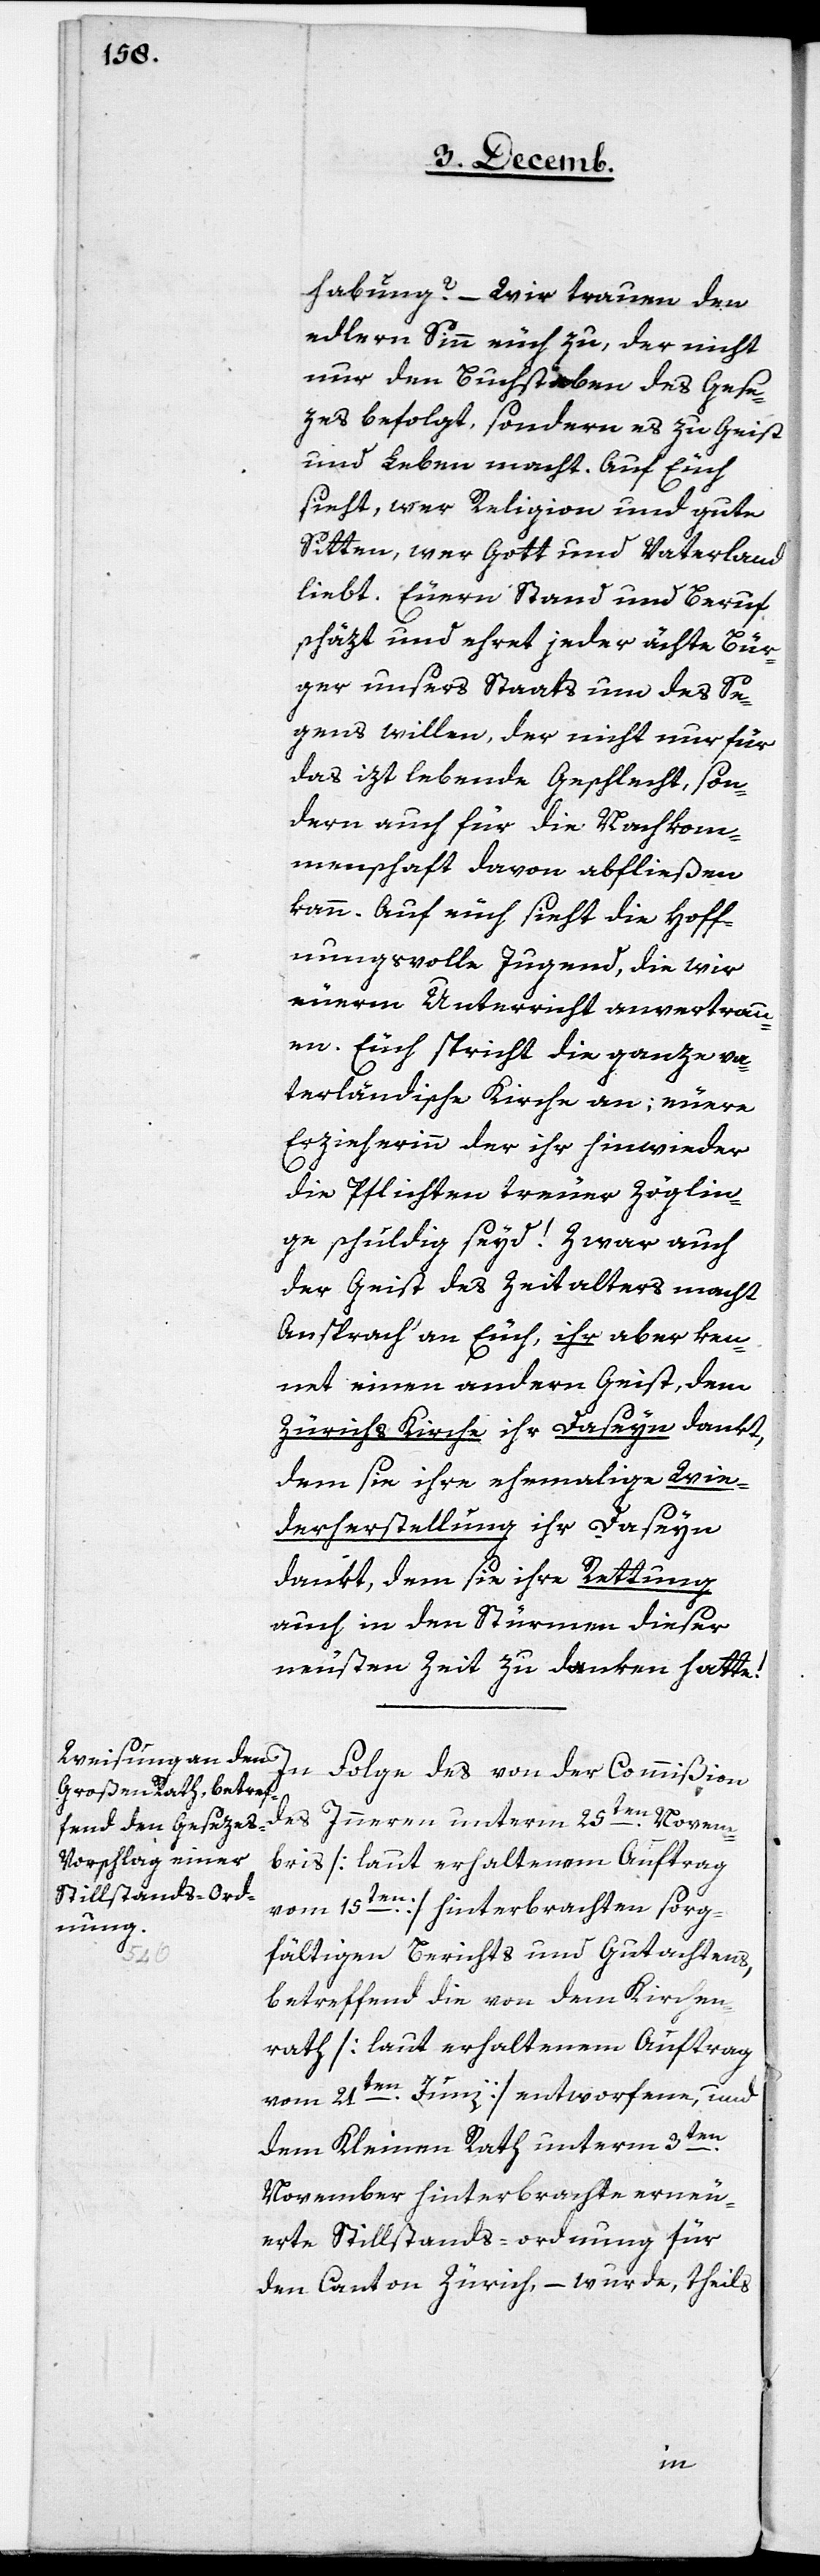
habung? – Wir trauen den
edlern Sinn euch zu, der nicht
nur den Buchstaben des Gese¬
zes befolgt, sondern es zu Geist
und Leben macht. Auf Euch
sieht, wer Religion und gute
Sitten, wer Gott und Vaterland
liebt. Euern Stand und Beruf
schäzt und ehret jeder ächte Bür¬
ger unsers Staats um des Se¬
gens willen, der nicht nur für
das jezt lebende Geschlecht, son¬
dern auch für die Nachkom¬
menschaft davon abfließen
kann. Auf euch sieht die hoff¬
nungsvolle Jugend, die wir
euerm Unterricht anvertrau¬
en. Euch spricht die ganze va¬
terländische Kirche an; euere
Erzieherinn der ihr hinwieder
die Pflichten treuer Zöglin¬
ge schuldig seid! Zwar auch
der Geist des Zeitalters macht
Ansprach‘ an Euch, ihr aber ken¬
net einen andern Geist, dem
Zürichs Kirche ihr Daseyn dankt,
dem sie ihre ehemahlige Wie¬
derherstellung ihr Daseyn
dankt, dem sie ihre Rettung
auch in den Stürmen dieser
neusten Zeit zu danken hatte!
In Folge des von der Commißion
des Innern unterm 25ten. Novem¬
bris [laut erhaltenem Auftrag
vom 15ten] hinterbrachten sorg¬
fältigen Berichts und Gutachtens,
betreffend die von dem Kirchen¬
rath [laut erhaltenem Auftrag
vom 21ten. Junii] entworfene, und
dem Kleinen Rath unterm 3ten.
November hinterbrachte erneu¬
erte Stillstands-ordnung für
den Canton Zürich, – wurde, theils